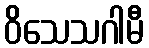
ဝိသေသဂါမီ